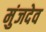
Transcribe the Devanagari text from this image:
मुंजदेव